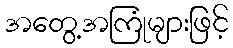
အတွေ့အကြုံများဖြင့်